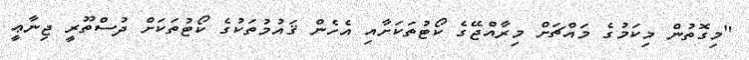
"މިގޮތުން މިކަމުގެ މައްޗަށް މިރާއްޖޭގެ ކޯޓުތަކަށާއި އެހެން ޤައުމުތަކުގެ ކޯޓުތަކަށް ދުސްތޫރީ ޖިނާޢީ